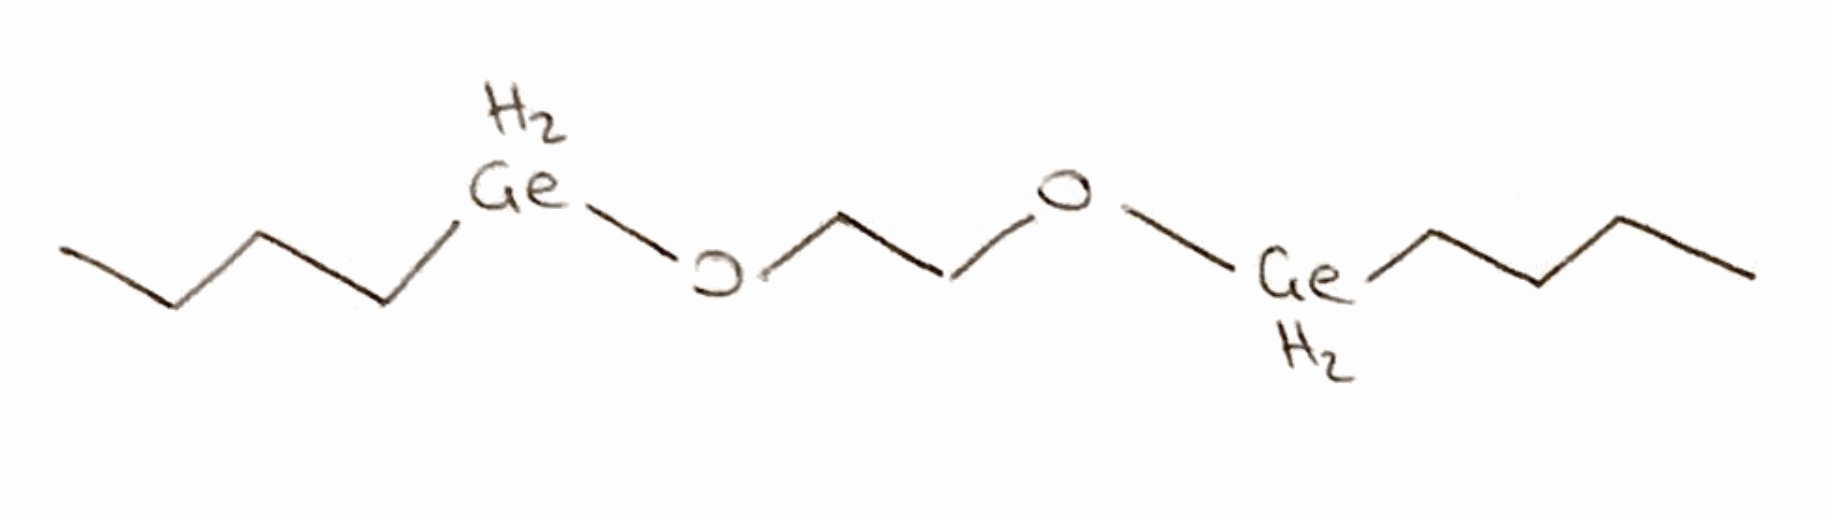
Simplified molecular-input line-entry system (SMILES) notation of the given molecule:
CCCC[GeH2]OCCO[GeH2]CCCC